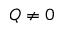
Q \neq 0